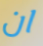
ان